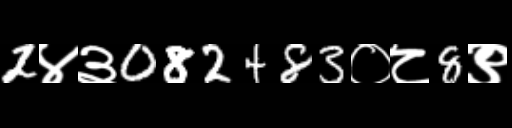
Text: 2४३082483०८8९